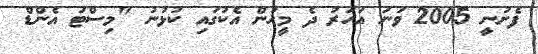
ފެށުނީ 2005 ވަނަ އަހަރު ދެ މީހުން އެކުގައި ކުޅުނު "މިސްޓަ އެންޑް